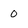
Character: o